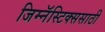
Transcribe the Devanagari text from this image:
जिम्नॅस्टिक्ससाठी